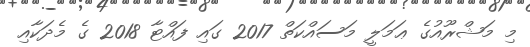
މި މަޝްރޫއުގެ ޢަމަލީ މަސައްކަތް 2017 ގައި ފައްޓާ 2018 ގެ މެދަކާއި